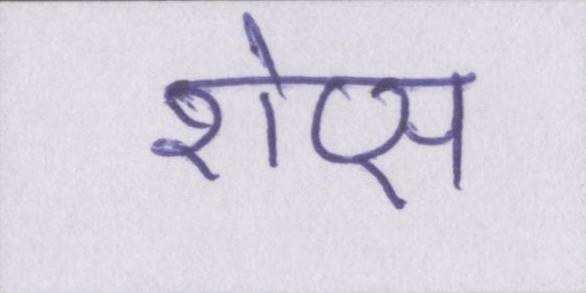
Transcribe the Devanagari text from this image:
शेप्स